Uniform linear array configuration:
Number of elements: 32
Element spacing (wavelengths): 0.75
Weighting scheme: kaiser
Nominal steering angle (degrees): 60
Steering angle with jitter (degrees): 58.009
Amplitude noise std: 0.05
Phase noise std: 0.05

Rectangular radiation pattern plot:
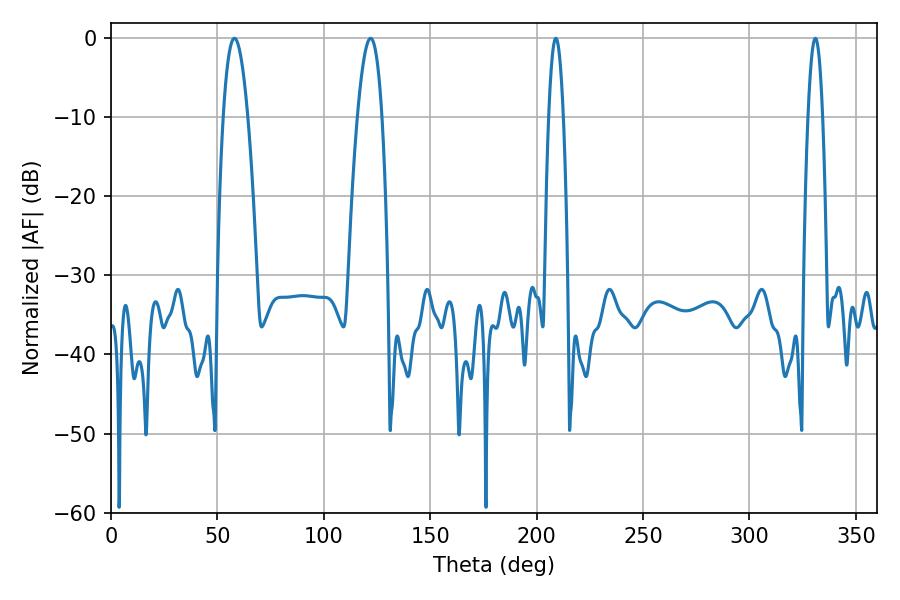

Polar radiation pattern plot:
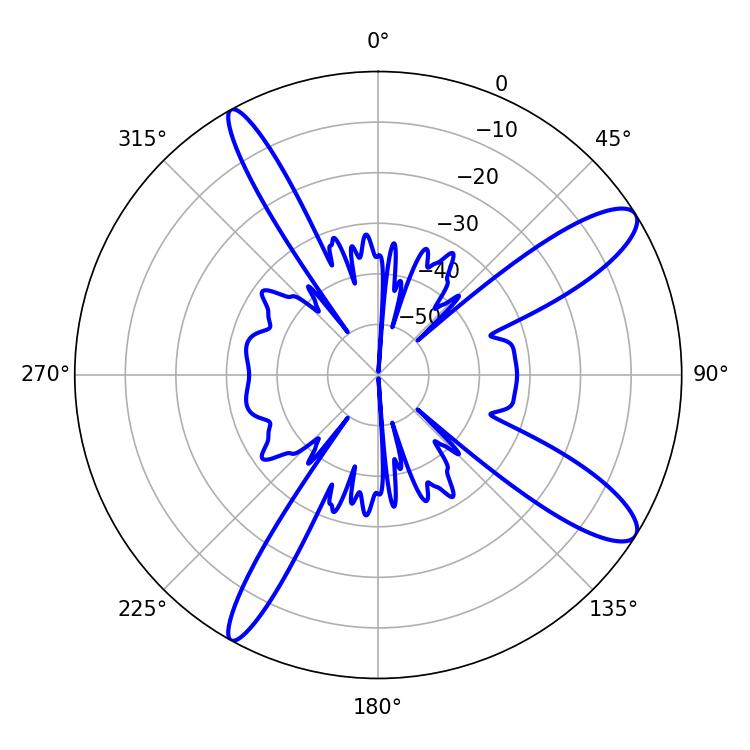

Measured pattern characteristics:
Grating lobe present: TRUE
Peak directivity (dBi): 11.761
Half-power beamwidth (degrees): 6.3
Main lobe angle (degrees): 122.04